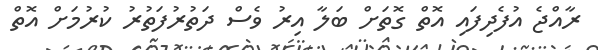
ރާއްޖެ އުފެދިފައި އޮތް ގޮތަށް ބަލާ އިރު ވެސް ދަތުރުފަތުރު ކުރުމަށް އޮތް